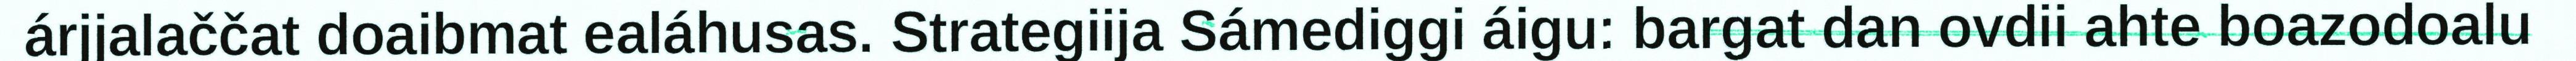
árjjalaččat doaibmat ealáhusas. Strategiija Sámediggi áigu: bargat dan ovdii ahte boazodoalu